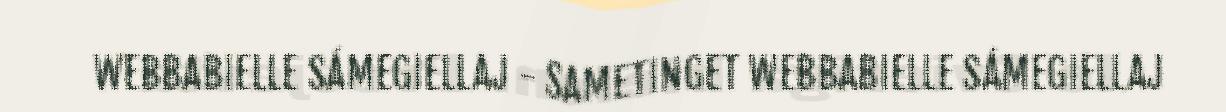
WEBBABIELLE SÁMEGIELLAJ - SAMETINGET WEBBABIELLE SÁMEGIELLAJ